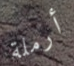
أرملة